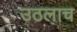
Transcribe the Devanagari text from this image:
उठलाच